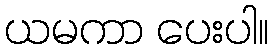
ယမကာ ပေးပါ။